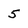
Character: 5